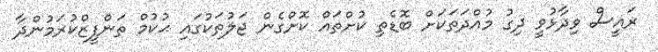
ރައީސް ވިދާޅުވީ ދިގު މުއްދަތަކަށް ބޮޑެތި ކުށްތައް ކޮށްގެން ޖަލުތަކުގައި ޙުކުމް ތަންފީޒްކުރަމުންދާ